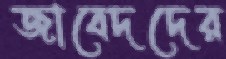
জাবেদদের